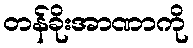
တန်ခိုးအာဏာကို